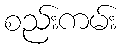
စည်းကမ်း